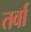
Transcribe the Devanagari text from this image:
तर्वा